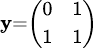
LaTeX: \scriptstyle\mathbf{y}=\left({\begin{array}{ll}{0}&{1}\\ {1}&{1}\end{array}}\right)